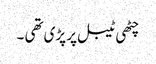
چٹھی ٹیبل پر پڑی تھی ۔